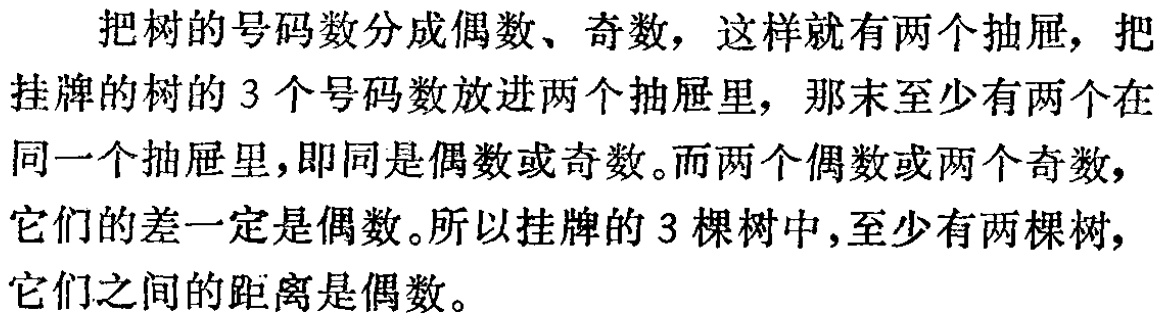
把树的号码数分成偶数、奇数，这样就有两个抽屉，把挂牌的树的 3 个号码数放进两个抽屉里，那末至少有两个在同一个抽屉里，即同是偶数或奇数。而两个偶数或两个奇数，它们的差一定是偶数。所以挂牌的 3 棵树中，至少有两棵树，它们之间的距离是偶数。